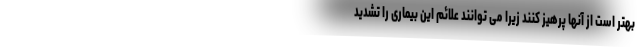
بهتر است از آنها پرهیز کنند زیرا می توانند علائم این بیماری را تشدید